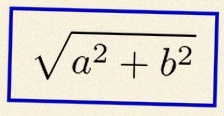
\sqrt{a^2+b^2}